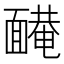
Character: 𩈿